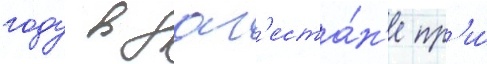
году в даг'еста́н'е пр'и́